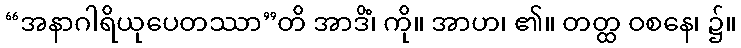
“အနာဂါရိယုပေတဿာ”တိ အာဒိံ၊ ကို။ အာဟ၊ ၏။ တတ္ထ ဝစနေ၊ ၌။